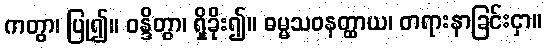
ကတွာ၊ ပြု၍။ ဝန္ဒိတွာ၊ ရှိခိုး၍။ ဓမ္မသဝနတ္ထာယ၊ တရားနာခြင်းငှာ။